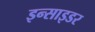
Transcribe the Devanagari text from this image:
इन्साइडर